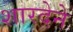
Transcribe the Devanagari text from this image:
शारदेने